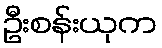
ဦးစန်းယုက